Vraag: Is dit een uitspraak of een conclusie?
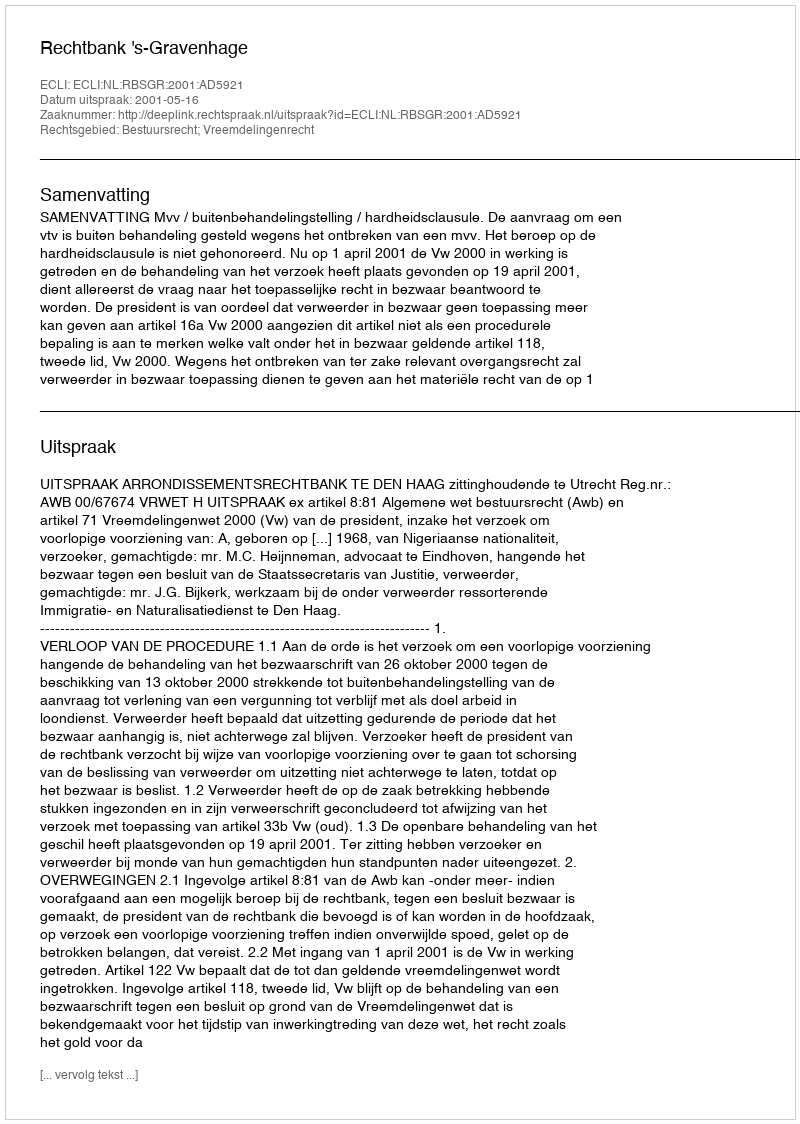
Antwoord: Uitspraak